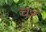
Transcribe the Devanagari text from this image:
चरं